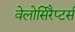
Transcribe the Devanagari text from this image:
वेलोसिरैप्टर्स